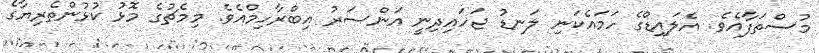
މުސްތަފާއެވެ. އެލައިޑްގެ ހަމައެކަނި ލަނޑު ޖަހައިދިނީ އަންސަރު އިބްރާހިމްއެވެ. މިމެޗުގެ މޮޅު ކުޅުންތެރިޔާގެ